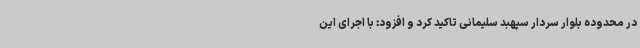
در محدوده بلوار سردار سپهبد سلیمانی تاکید کرد و افزود: با اجرای این